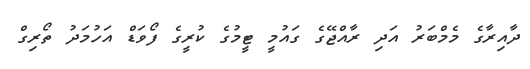
ދާއިރާގެ މެމްބަރު އަދި ރާއްޖޭގެ ގައުމީ ޓީމުގެ ކުރީގެ ފޯވަޑް އަހުމަދު ތޯރިގް